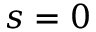
s = 0